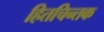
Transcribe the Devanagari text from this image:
हितचिन्तक